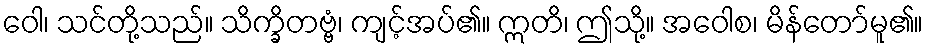
ဝေါ၊ သင်တို့သည်။ သိက္ခိတဗ္ဗံ၊ ကျင့်အပ်၏။ ဣတိ၊ ဤသို့။ အဝေါစ၊ မိန်တော်မူ၏။